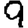
Digit: 9